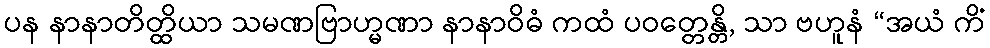
ပန နာနာတိတ္ထိယာ သမဏဗြာဟ္မဏာ နာနာဝိဓံ ကထံ ပဝတ္တေန္တိ, သာ ဗဟူနံ “အယံ ကိံ